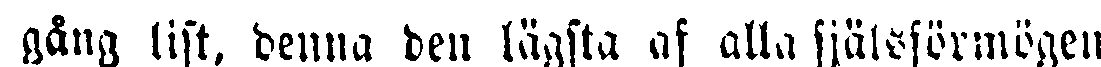
gång list, denna den lägsta af alla själsförmögen